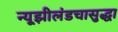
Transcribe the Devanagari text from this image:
न्यूझीलंडचासुद्धा